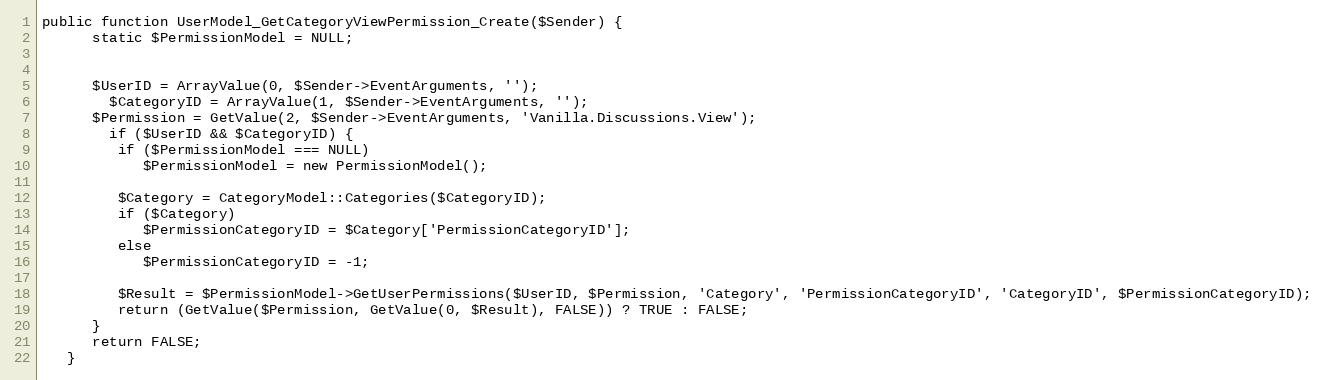
Language: PHP
public function UserModel_GetCategoryViewPermission_Create($Sender) {
      static $PermissionModel = NULL;

      $UserID = ArrayValue(0, $Sender->EventArguments, '');
		$CategoryID = ArrayValue(1, $Sender->EventArguments, '');
      $Permission = GetValue(2, $Sender->EventArguments, 'Vanilla.Discussions.View');
		if ($UserID && $CategoryID) {
         if ($PermissionModel === NULL)
            $PermissionModel = new PermissionModel();

         $Category = CategoryModel::Categories($CategoryID);
         if ($Category)
            $PermissionCategoryID = $Category['PermissionCategoryID'];
         else
            $PermissionCategoryID = -1;

         $Result = $PermissionModel->GetUserPermissions($UserID, $Permission, 'Category', 'PermissionCategoryID', 'CategoryID', $PermissionCategoryID);
         return (GetValue($Permission, GetValue(0, $Result), FALSE)) ? TRUE : FALSE;
      }
      return FALSE;
   }